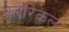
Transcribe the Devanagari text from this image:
क्लेरिकल